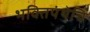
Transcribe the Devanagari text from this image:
भक्तिपंथेचि